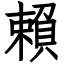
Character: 賴